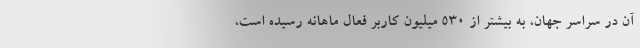
آن در سراسر جهان، به بیشتر از ۵۳۰ میلیون کاربر فعال ماهانه رسیده است،